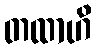
တထာဟိ